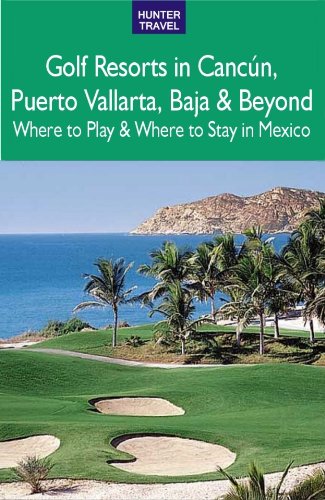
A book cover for Golf Resorts in CancÃºn, Puerto Vallarta, Baja & Beyond: Where to Play & Where to Stay in Mexico; Jim Nicol; Travel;